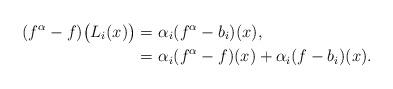
LaTeX: \begin{align*} (f^\alpha-f) \big (L_i(x)\big) =&~\alpha_i(f^\alpha-b_i)(x),\\ =&~\alpha_i(f^\alpha-f)(x)+\alpha_i(f-b_i)(x). \end{align*}